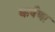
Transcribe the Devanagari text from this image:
कर्षणा